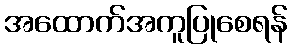
အထောက်အကူပြုစေရန်